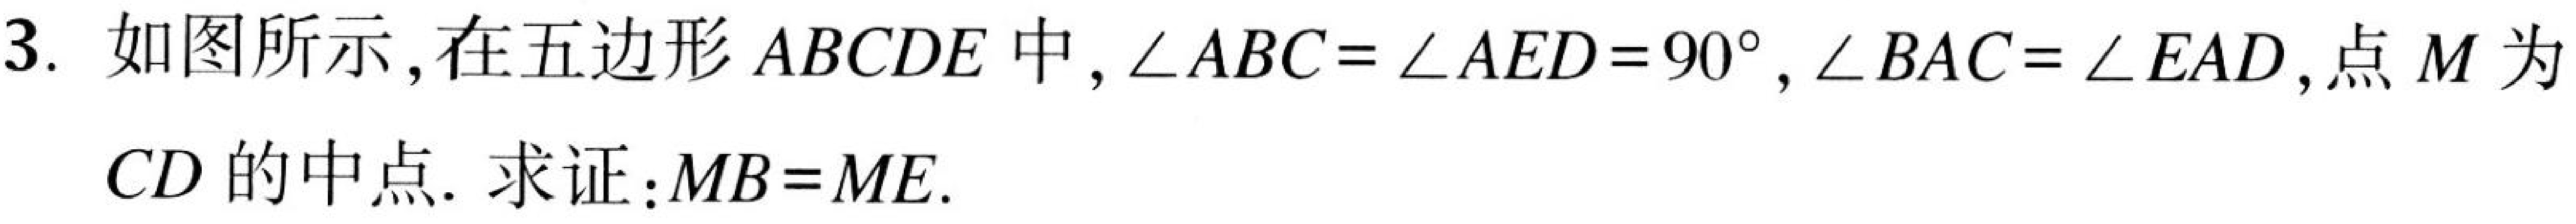
3. 如图所示，在五边形 \(ABCDE\) 中，\(\angle ABC = \angle AED = 90^{\circ}\)，\(\angle BAC = \angle EAD\)，点 \(M\) 为
\(CD\) 的中点. 求证：\(MB = ME\).